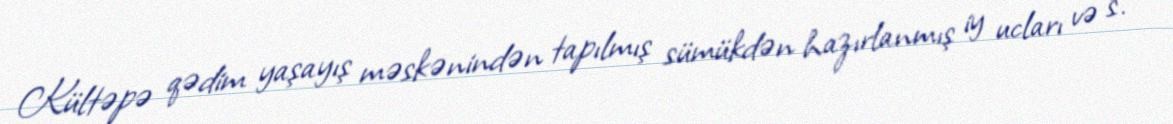
Kültəpə qədim yaşayış məskənindən tapılmış sümükdən hazırlanmış iy ucları və s.